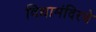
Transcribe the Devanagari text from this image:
विद्यामंदिरचे